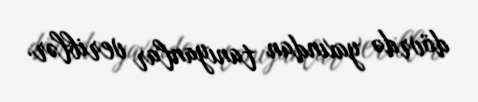
dövrdə yaxından tanıyanlar veriblər.